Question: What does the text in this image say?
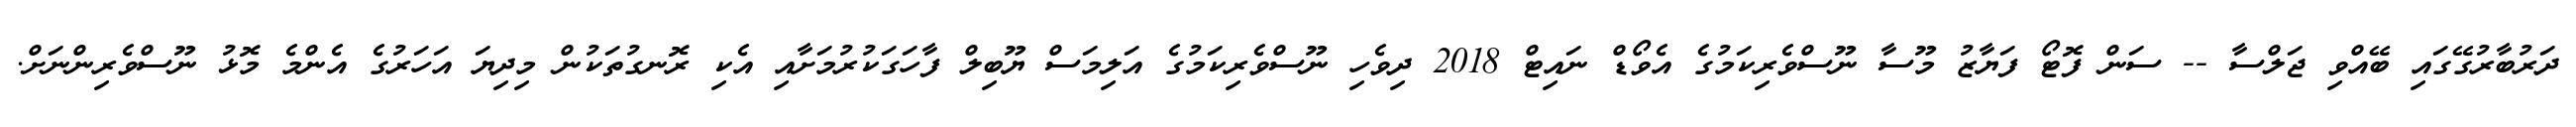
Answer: ދަރުބާރުގޭގައި ބޭއްވި ޖަލްސާ -- ސަން ފޮޓޯ ފަޔާޒު މޫސާ ނޫސްވެރިކަމުގެ އެވޯޑް ނައިޓް 2018 ދިވެހި ނޫސްވެރިކަމުގެ އަލިމަސް ޔޫބިލް ފާހަގަކުރުމަށާއި އެކި ރޮނގުތަކުން މިދިޔަ އަހަރުގެ އެންމެ މޮޅު ނޫސްވެރިންނަށް.